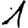
Digit: 1